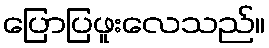
ပြောပြဖူးလေသည်။